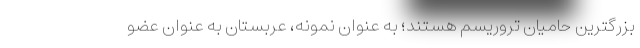
بزرگترین حامیان تروریسم هستند؛ به عنوان نمونه، عربستان به عنوان عضو